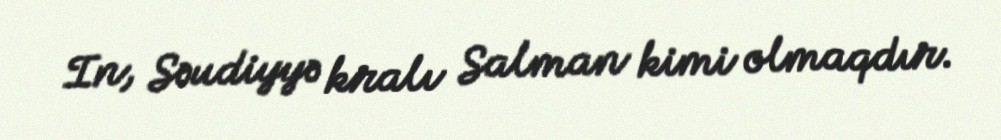
In, Səudiyyə kralı Salman kimi olmaqdır.